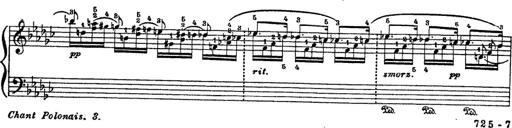
Title: 6 Polish Songs
Composer: Franz Liszt